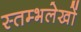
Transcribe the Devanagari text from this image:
स्तम्भलेखों